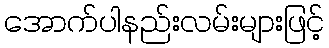
အောက်ပါနည်းလမ်းများဖြင့်